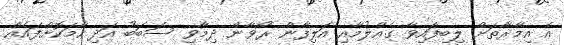
އެ އިމާރާތަށް ލިބިފައިވާ ގެއްލުމާއި އަލިފާން ރޯވާން ދިމާވި ސަބަބު އަދި ހާމަކޮށްފައެއް